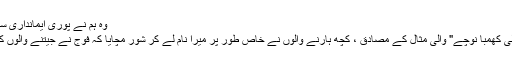
وہ ہم نے پوری ایمانداری سے نمٹائی ،
"کھسیانی بلی کھمبا نوچے" والی مثال کے مصادق ، کچھ ہارنے والوں نے خاص طور پر میرا نام لے کر شور مچایا کہ فوج نے جیتنے والوں کی مدد کی ۔